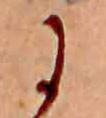
に